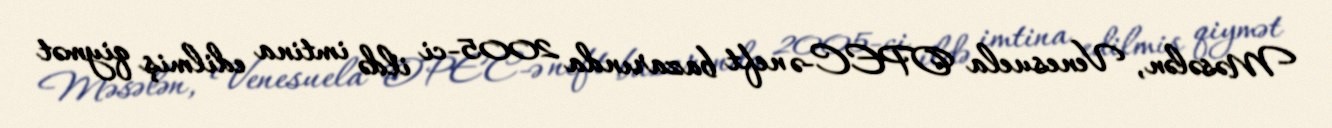
Məsələn, Venesuela OPEC-ə neft bazarında 2005-ci ildə imtina edilmiş qiymət